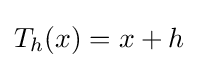
T_{h}(x)=x+h